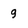
Character: 9